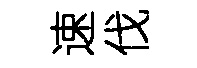
速伐